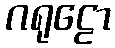
ဂရုဠော